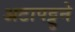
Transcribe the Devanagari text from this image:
अटापट्टुने